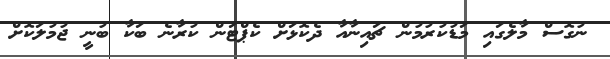
ނުގޮސް މާލެގައި މަޑުކުރުމުން ޗައިނާއާ ދެކޮޅަށް ކެޕްޓަން ކުރާނެ ބަކާ ބުނީ ޖުމުލަކޮށް